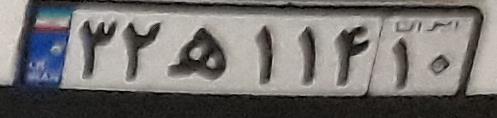
۳۲ه۱۱۴۱۰